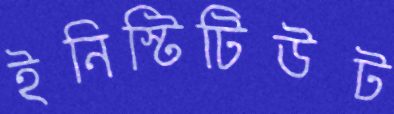
ইনিস্টিটিউট